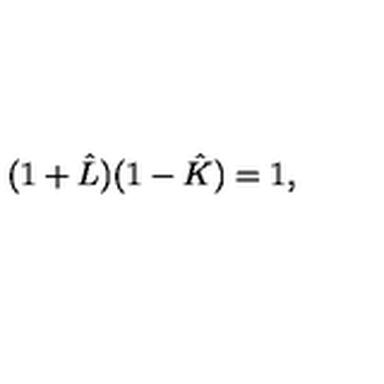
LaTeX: ( 1 + \hat { L } ) ( 1 - \hat { K } ) = 1 ,